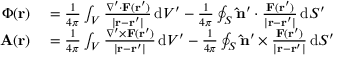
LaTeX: \begin{array} { r l } { \Phi ( \mathbf { r } ) } & { { } = { \frac { 1 } { 4 \pi } } \int _ { V } { \frac { \nabla ^ { \prime } \cdot \mathbf { F } ( \mathbf { r } ^ { \prime } ) } { | \mathbf { r } - \mathbf { r } ^ { \prime } | } } \, \mathrm { d } V ^ { \prime } - { \frac { 1 } { 4 \pi } } \oint _ { S } \mathbf { \hat { n } } ^ { \prime } \cdot { \frac { \mathbf { F } ( \mathbf { r } ^ { \prime } ) } { | \mathbf { r } - \mathbf { r } ^ { \prime } | } } \, \mathrm { d } S ^ { \prime } } \\ { \mathbf { A } ( \mathbf { r } ) } & { { } = { \frac { 1 } { 4 \pi } } \int _ { V } { \frac { \nabla ^ { \prime } \times \mathbf { F } ( \mathbf { r } ^ { \prime } ) } { | \mathbf { r } - \mathbf { r } ^ { \prime } | } } \, \mathrm { d } V ^ { \prime } - { \frac { 1 } { 4 \pi } } \oint _ { S } \mathbf { \hat { n } } ^ { \prime } \times { \frac { \mathbf { F } ( \mathbf { r } ^ { \prime } ) } { | \mathbf { r } - \mathbf { r } ^ { \prime } | } } \, \mathrm { d } S ^ { \prime } } \end{array}